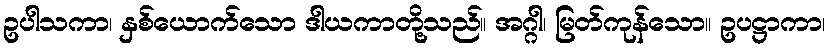
ဥပါသကာ၊ နှစ်ယောက်သော ဒါယကာတို့သည်။ အဂ္ဂါ၊ မြတ်ကုန်သော။ ဥပဋ္ဌာကာ၊